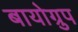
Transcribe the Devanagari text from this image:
बायोग्रुप